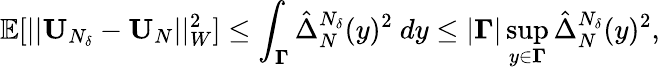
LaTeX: \mathbb{E}[||\textbf{U}_{N_{\delta}}-\textbf{U}_{N}||_{W}^{2}]\leq\int_{\boldsymbol{\Gamma}}\hat{\Delta}_{N}^{N_{\delta}}(y)^{2}\ dy\leq|\boldsymbol{\Gamma}|\operatorname*{sup}_{y\in\boldsymbol{\Gamma}}\hat{\Delta}_{N}^{N_{\delta}}(y)^{2},